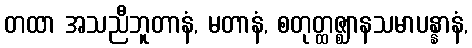
တထာ အသညီဘူတာနံ, မတာနံ, စတုတ္ထဇ္ဈာနသမာပန္နာနံ,